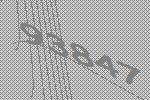
93847